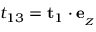
t _ { 1 3 } = \mathbf { t } _ { 1 } \cdot \mathbf { e } _ { _ Z }